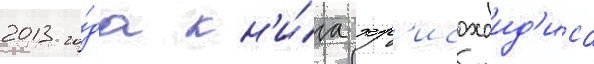
2013 го́да кн'и́га хр'исохоид'иса